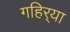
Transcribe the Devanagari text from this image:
गहिर्‍या